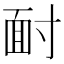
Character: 𩈃